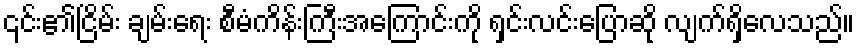
၎င်း၏ငြိမ်း ချမ်းရေး စီမံကိန်းကြီးအကြောင်းကို ရှင်းလင်းပြောဆို လျက်ရှိလေသည်။